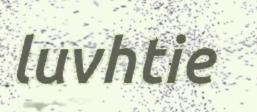
luvhtie